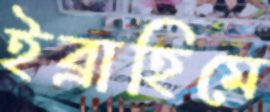
ইব্রাহিমে